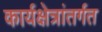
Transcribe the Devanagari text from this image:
कार्यक्षेत्रांतर्गत